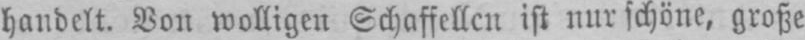
handelt. Von wolligen Schaffellen ist nur schöne, große